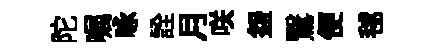
陀嘱咏詮月咲盌鷖便毬